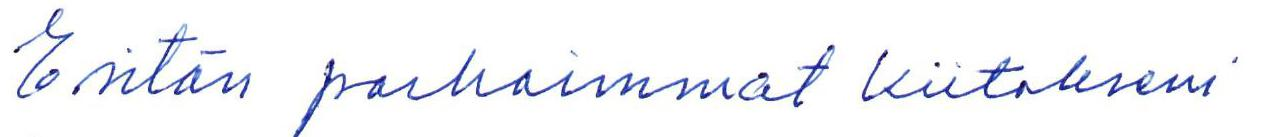
Esitän parhaimmat kiitokseni